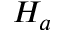
H _ { a }